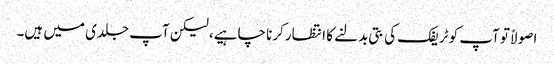
اصولاً تو آپ کو ٹریفک کی بتی بدلنے کا انتظار کرنا چاہیے، لیکن آپ جلدی میں ہیں۔